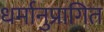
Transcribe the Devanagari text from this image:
धर्मानुप्रागित